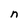
Character: n